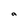
Character: a